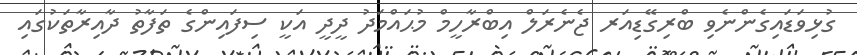
ގުޅިވަޑައިގެންނެވި ބްރިގޭޑިއަރ ޖެނެރަލް އިބްރާހީމް މުޙައްމަދު ދީދީ އަކީ ސިފައިންގެ ތަފާތު ދާއިރާތަކުގައި